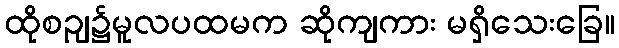
ထိုစဉျ၌မူလပထမက ဆိုကျကား မရှိသေးခြေ။